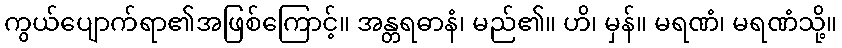
ကွယ်ပျောက်ရာ၏အဖြစ်ကြောင့်။ အန္တရဓာနံ၊ မည်၏။ ဟိ၊ မှန်။ မရဏံ၊ မရဏံသို့။